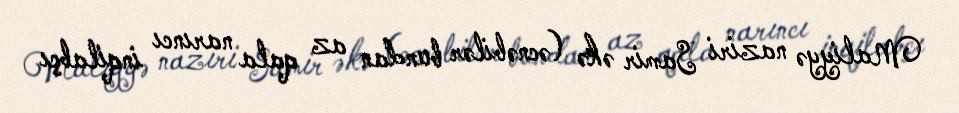
Maliyyə naziri Samir əkə (əcnəbilər bundan az qala narıncı inqilabçı